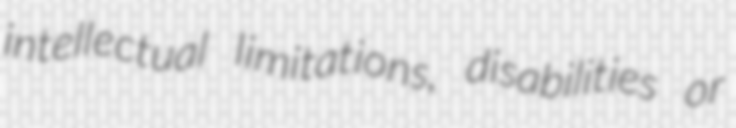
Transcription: intellectual limitations, disabilities or